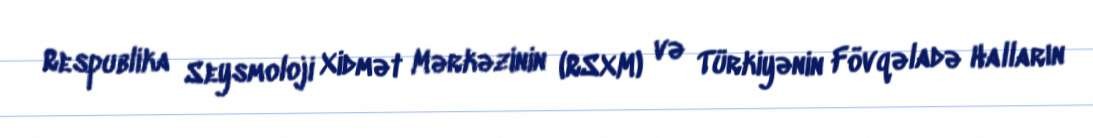
Respublika Seysmoloji Xidmət Mərkəzinin (RSXM) və Türkiyənin Fövqəladə Halların